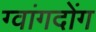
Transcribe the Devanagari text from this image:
ग्वांगदोंग